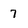
Character: 7